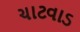
ચાટવાડ